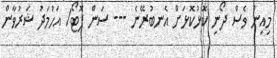
މިއިން ވެސް ދޯނި ކޮޅުކޮޅަށް އެނބުރޭނެ --- ސަން ފޮޓޯ/ އަހުމަދު ޝަރުވާން